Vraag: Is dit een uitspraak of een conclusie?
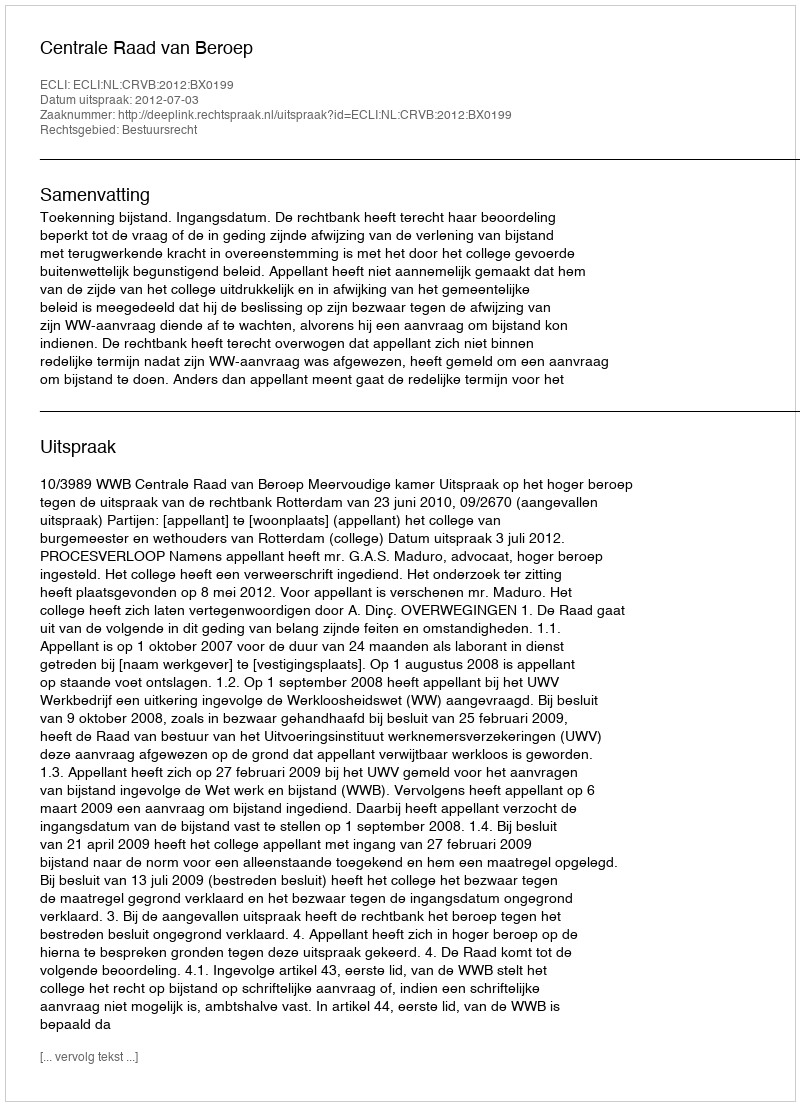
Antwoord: Uitspraak